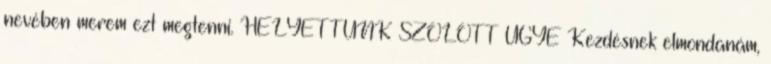
nevében merem ezt megtenni. HELYETTÜNK SZÓLOTT UGYE Kezdésnek elmondanám,